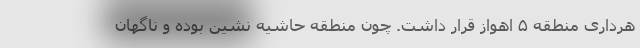
هرداری منطقه ۵ اهواز قرار داشت. چون منطقه حاشیه نشین بوده و ناگهان